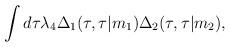
LaTeX: \begin{align*}\int d \tau {\lambda}_4 {\Delta}_1(\tau,\tau\vert m_1) {\Delta}_2(\tau,\tau\vert m_2) ,\end{align*}